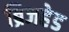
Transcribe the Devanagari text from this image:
ब्रिजहेड